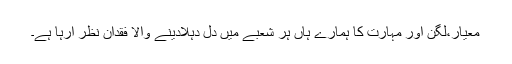
معیار،لگن اور مہارت کا ہمارے ہاں ہر شعبے میں دل دہلادینے والا فقدان نظر آرہا ہے۔